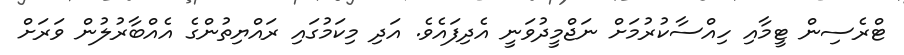
ޓްރެސިން ޓީމާއި ހިއްސާކުރުމަށް ނަޖްމީދުވަނީ އެދިފައެވެ. އަދި މިކަމުގައި ރައްޔިތުންގެ އެއްބާރުލުން ވަރަށް